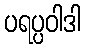
ပရပ္ပဝါဒါ